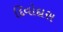
દિવોદાસ